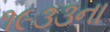
૧૯૩૩ના